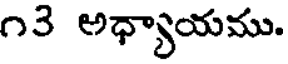
౧౩ అధ్యాయము.